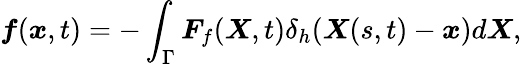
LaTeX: \boldsymbol{f}(\boldsymbol{x},t)=-\int_{\Gamma}\boldsymbol{F}_{f}(\boldsymbol{X},t)\delta_{h}(\boldsymbol{X}(s,t)-\boldsymbol{x})d\boldsymbol{X},